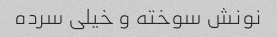
نونش سوخته و خیلی سرده